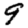
Digit: 9